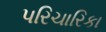
પરિચારિકા